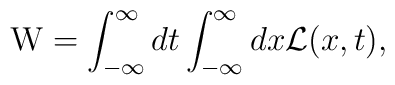
{\rm W}=\int_{- \infty}^{\infty} dt \int_{- \infty}^{\infty} dx{\cal L}(x,t),